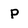
Character: p